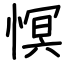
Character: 慏